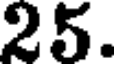
25.